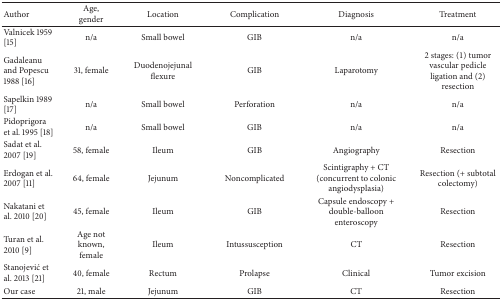
| Author | Age, gender | Location | Complication | Diagnosis | Treatment |
 | --- | --- | --- | --- | --- | --- |
 | Valnicek 1959 [15] | n/a | Small bowel | GIB | n/a | n/a |
 | Gadaleanu and Popescu 1988 [16] | 31, female | Duodenojejunal flexure | GIB | Laparotomy | 2 stages: (1) tumor vascular pedicle ligation and (2) resection |
 | Sapelkin 1989 [17] | n/a | Small bowel | Perforation | n/a | n/a |
 | Pidoprigora et al. 1995 [18] | n/a | Small bowel | GIB | n/a | n/a |
 | Sadat et al. 2007 [19] | 58, female | Ileum | GIB | Angiography | Resection |
 | Erdogan et al. 2007 [11] | 64, female | Jejunum | Noncomplicated | Scintigraphy + CT (concurrent to colonic angiodysplasia) | Resection (+ subtotal colectomy) |
 | Nakatani et al. 2010 [20] | 45, female | Ileum | GIB | Capsule endoscopy + double-balloon enteroscopy | Resection |
 | Turan et al. 2010 [9] | Age not known, female | Ileum | Intussusception | CT | Resection |
 | Stanojević et al. 2013 [21] | 40, female | Rectum | Prolapse | Clinical | Tumor excision |
 | Our case | 21, male | Jejunum | GIB | CT | Resection |